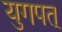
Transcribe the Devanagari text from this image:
युगपत्